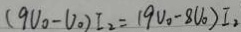
( 9 V _ { 0 } - V _ { 0 } ) I _ { 2 } = ( 9 V _ { 0 } - 8 V _ { 0 } ) I _ { 2 }